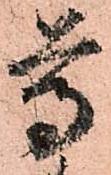
尊